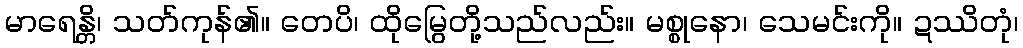
မာရေန္တိ၊ သတ်ကုန်၏။ တေပိ၊ ထိုမြွေတို့သည်လည်း။ မစ္စုနော၊ သေမင်းကို။ ဍဿိတုံ၊